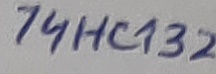
Text: 74HC132